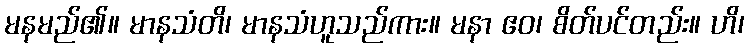
မနမည်၏။ မာနသံတိ၊ မာနသံဟူသည်ကား။ မနာ ဧဝ၊ စိတ်ပင်တည်း။ ဟိ၊